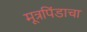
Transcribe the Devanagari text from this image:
मूत्रपिंडाचा